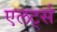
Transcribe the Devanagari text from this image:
एलर्ट्स